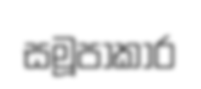
සමූපාකාර